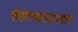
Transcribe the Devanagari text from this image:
रोगोपचारादरम्यान